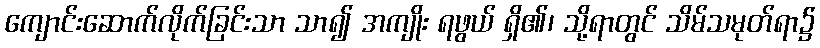
ကျောင်းဆောက်လိုက်ခြင်းသာ သာ၍ အကျိုး ရဖွယ် ရှိ၏၊ သို့ရာတွင် သိမ်သမုတ်ရာ၌